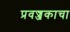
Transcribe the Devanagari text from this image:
प्रवज्जकाचा